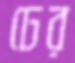
ঢের